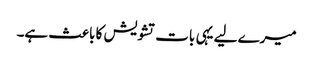
میرے لیے یہی بات تشویش کا باعث ہے۔